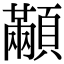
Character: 顢